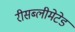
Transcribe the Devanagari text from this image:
रीसब्लीमेटेड